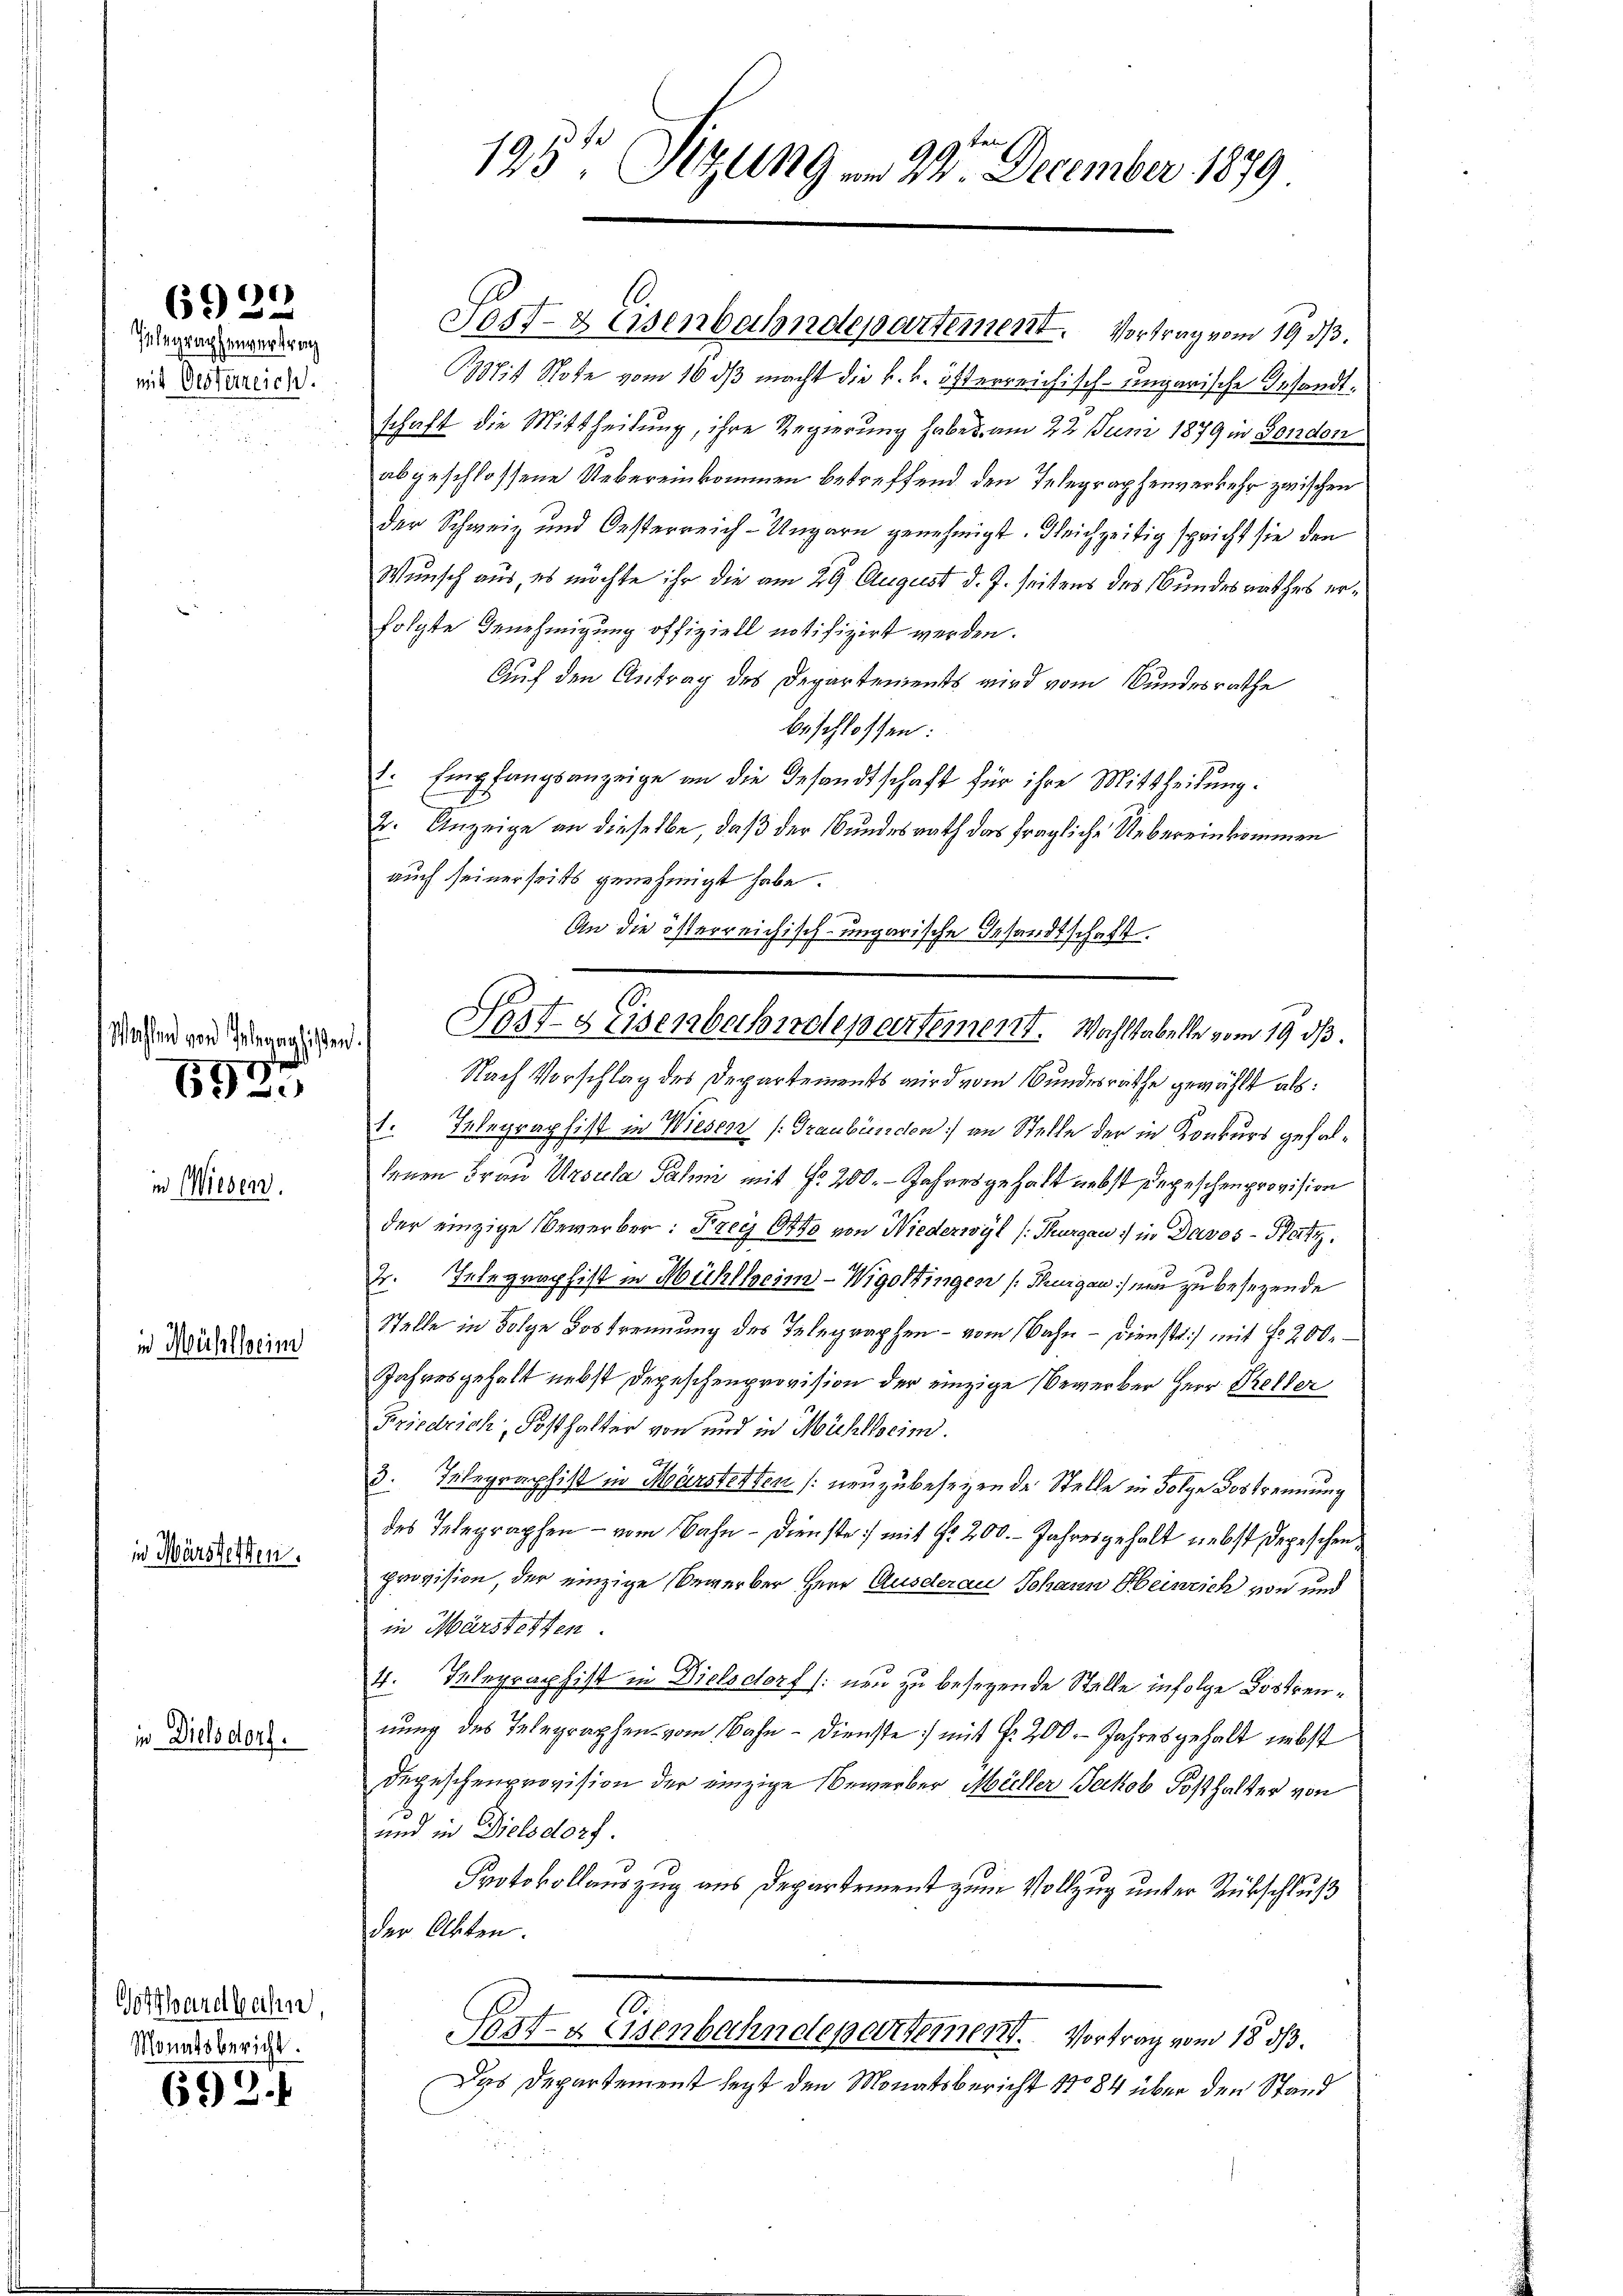
Telegraphenvertrag
mit Oesterreich.

6929

Mahlen von Gelegaghissen.

.
69

in Wiesen.

in Mühlheim

in Märstetten.

in Dielsdorf.

Gotthardt beilen
Monatsbericht.

693.

f

193te Sitzung am 22. December 1879

Post- & Eisenbahndepartement. Vortrag vom 19. ds.
Mit Rote vom 16. dβ macht die k. k. österreichisch-ungarische Gesandtschaft die Mittheilung, ihre Regierung habes am 22. Juni 1879 in London
abgeschlossene Uebereinkommen betreffend den Telegraphenverkehr zwischen
der Schweiz und Oesterreich-Ungarn genehmigt. Gleichzeitig spricht sie den
Wunsch aus, es möchte ihr die am 29. August d. J. seitens des Bundesrathes erfolgte Benehmigung offiziell notifizirt werden.
Auf den Antrag des Departements wird vom Bundesrathe
beschlossen:
1. Empfangsanzeige an die Gesandtschaft für ihre Mittheilung.
2. Anzeige an dieselbe, daß der Bundesrath das fragliche Uebereinkommen
auch seinerseits genehmigt habe.
An die österreichisch-ungarische Gesandtschaft.
Post. Eisenbachidepartement. Wohltabelle vom 19. ds.
Nach Vorschlag des Departements wird vom Bundesräthe gewählt als:
pf.
1. Telegraphist in Wiesen (Graubünden) an Stelle der in Konkurs gefalsenen Frau Ursula Sahni mit Nr. 200. - Jahresgehalt nebst Degeschenprovision
der einzige Bewerber: Frei Otto von Niederwyl (Thurgau in Davos- Platz
r. Telegraphist in Mühlheim-Wigottingen (Thurgau war zu besezende
Stelle in Folge Bostrennung des Telegraphen - vom Bahn - Dienstr.) mit fr. 200.
Jahresgehalt nebst Depeschenprovision der einzige Bewerber Herr Keller
Friedrich, Posthalter von und in Mühlhocim.
3. Telegraphist in Märstetten (neuzubesezende Stelle in Folge Dostrennung
des Telegraphen - vom Bahn - Dienste mit Nr. 200. - Jahresgehalt nebst Depeschenprovision, der einzige Gewerber Herr Ausderau Johann Heinrich von und
in Märsterten
4. Telegraphist in Dielsdorf (: nun zu besezende Stelle infolge Lostrennung des Telegraphen vom Bahn - Dienste mit Fr. 200. Jahresgehalt nebst
Depeschenprovision der einzige Bewerber Müller Jakob Sosthalter von
und in Dielsdorf.
Protokollauszug aus Departement zum Vollzug unter Rückschluß
der Akten.
1.
Sezt- & Eisenbahndeperteien. Vortrag vom 18. ds.
Das Departement legt den Monatsbericht No 84 über den Stand